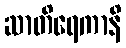
ဆာတိရေကာနိ